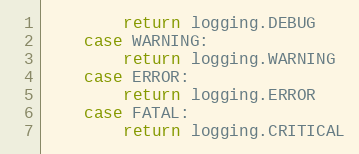
Language: Go
		return logging.DEBUG
	case WARNING:
		return logging.WARNING
	case ERROR:
		return logging.ERROR
	case FATAL:
		return logging.CRITICAL